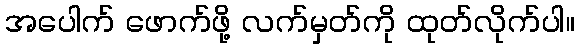
အပေါက် ဖောက်ဖို့ လက်မှတ်ကို ထုတ်လိုက်ပါ။